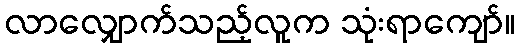
လာလျှောက်သည့်လူက သုံးရာကျော်။